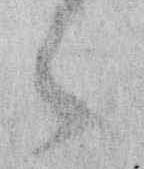
々